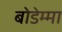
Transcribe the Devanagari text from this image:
बोडेम्मा